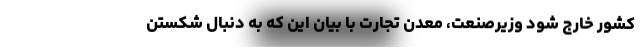
کشور خارج شود وزیرصنعت، معدن تجارت با بیان این که به دنبال شکستن